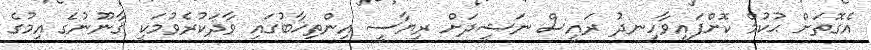
އެގޮތަށް ޙުކުމް ކޮށްފައިވާހިނދު ރައީސް ނަޝީދަށް ރިޔާސީ އިންތިޚާބުގައި ވާދަކުރެވުމަކީ ޤާނޫނުގެ އިމުގެ